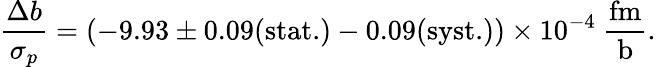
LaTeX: \frac{\Delta b}{\sigma_{p}}=(-9.93\pm 0.09(\mathrm{stat.})-0.09(\mathrm{syst.}))\times 10^{-4}~\mathrm{\frac{fm}{b}}.